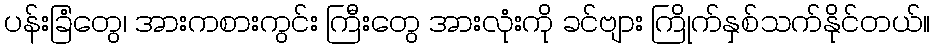
ပန်းခြံတွေ၊ အားကစားကွင်း ကြီးတွေ အားလုံးကို ခင်ဗျား ကြိုက်နှစ်သက်နိုင်တယ်။